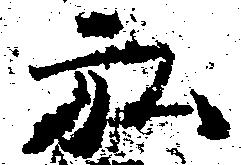
弘